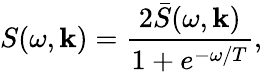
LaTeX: S(\omega,{\mathbf k})=\frac{2\bar{S}(\omega,{\mathbf k})}{1+e^{-\omega/T}},